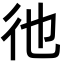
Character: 彵